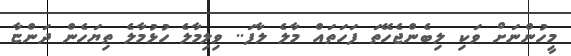
މީހުންނަށް ވަކި ލިބެންޖެހޭތަ ފަހަތައް މާލެ ލާފަ.. ވިލިމާލެ ހުޅުމާލެ ތިޔަހެން ދަންޏާ